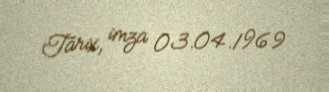
Tarix, imza 03.04.1969